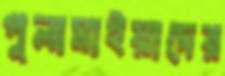
পুলামাইয়াদের